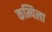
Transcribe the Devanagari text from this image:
कम्पिला